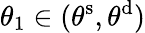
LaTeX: \theta_{1}\in(\theta^{\mathrm{s}},\theta^{\mathrm{d}})